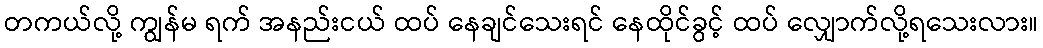
တကယ်လို့ ကျွန်မ ရက် အနည်းငယ် ထပ် နေချင်သေးရင် နေထိုင်ခွင့် ထပ် လျှောက်လို့ရသေးလား။